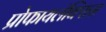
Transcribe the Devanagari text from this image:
प्रोफायलॅक्सिस